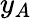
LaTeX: y_{A}